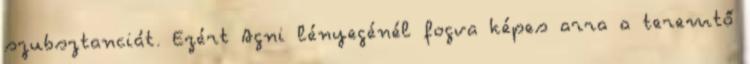
szubsztanciát. Ezért Agni lényegénél fogva képes arra a teremtő